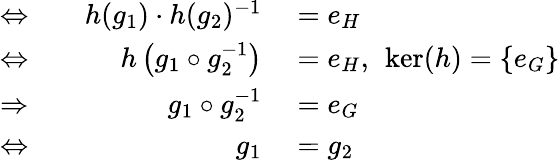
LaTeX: \begin{array}{rlrl}{\Leftrightarrow}&{{}}&{h(g_{1})\cdot h(g_{2})^{-1}}&{{}=e_{H}}\\ {\Leftrightarrow}&{{}}&{h\left(g_{1}\circ g_{2}^{-1}\right)}&{{}=e_{H},\ \ker(h)=\{ e_{G}\} }\\ {\Rightarrow}&{{}}&{g_{1}\circ g_{2}^{-1}}&{{}=e_{G}}\\ {\Leftrightarrow}&{{}}&{g_{1}}&{{}=g_{2}}\end{array}